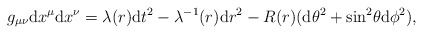
\begin{align*}g_{\mu\nu}{\rm d}x^{\mu}{\rm d}x^{\nu} = \lambda (r){\rm d}t^2- \lambda^{-1} (r) {\rm d}r^2 - R(r)({\rm d}\theta^2 +{\rm sin}^2 \theta{\rm d}\phi^2),\end{align*}